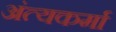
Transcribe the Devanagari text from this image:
अंत्यकर्मा